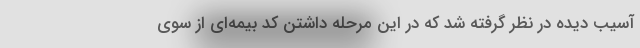
آسیب دیده در نظر گرفته شد که در این مرحله داشتن کد بیمه‌ای از سوی